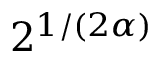
2 ^ { 1 / ( 2 \alpha ) }